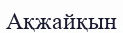
Ақжайқын